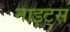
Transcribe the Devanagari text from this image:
नाइट्‌स